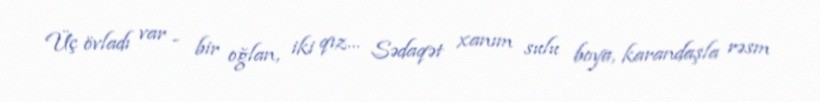
Üç övladı var - bir oğlan, iki qız… Sədaqət xanım sulu boya, karandaşla rəsm